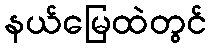
နယ်မြေထဲတွင်